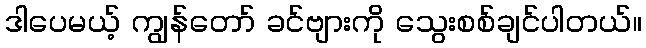
ဒါပေမယ့် ကျွန်တော် ခင်ဗျားကို သွေးစစ်ချင်ပါတယ်။